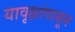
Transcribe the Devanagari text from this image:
यावृक्षांपासून